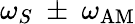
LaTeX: \omega_{S}~\pm~\omega_{\mathrm{AM}}